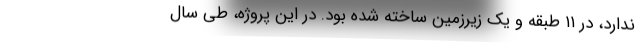
ندارد، در ۱۱ طبقه و یک زیرزمین ساخته شده بود. در این پروژه، طی سال